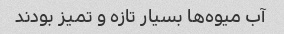
آب میوه‌ها بسیار تازه و تمیز بودند